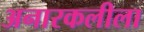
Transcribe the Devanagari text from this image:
अनारकलीला